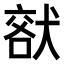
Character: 𤟞